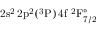
\mathrm { 2 s ^ { 2 } \, 2 p ^ { 2 } ( ^ { 3 } P ) \, 4 f ~ ^ { 2 } F _ { 7 / 2 } ^ { \circ } }